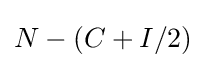
N-(C+I/2)